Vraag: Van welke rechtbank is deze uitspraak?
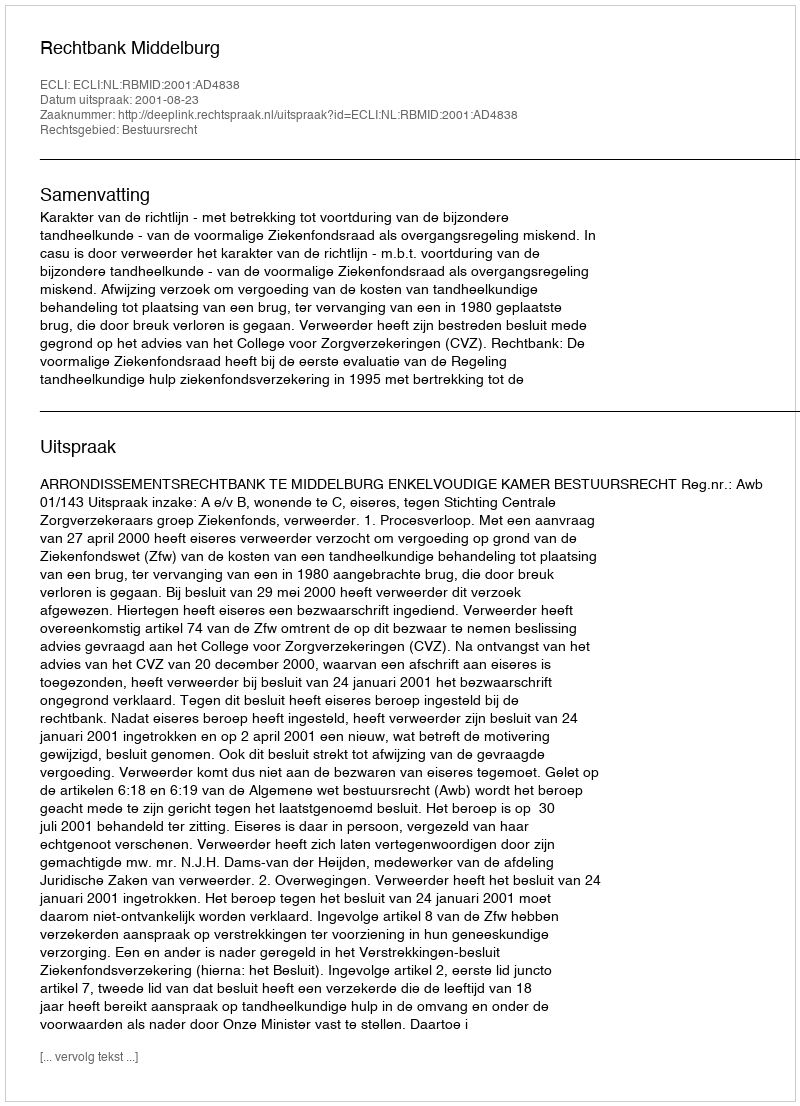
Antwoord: Rechtbank Middelburg